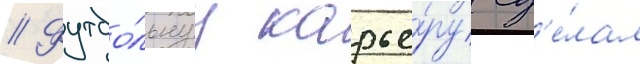
// Футбо́льнуу карье́ру сд'е́лал